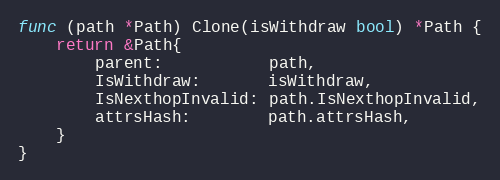
Language: Go
func (path *Path) Clone(isWithdraw bool) *Path {
	return &Path{
		parent:           path,
		IsWithdraw:       isWithdraw,
		IsNexthopInvalid: path.IsNexthopInvalid,
		attrsHash:        path.attrsHash,
	}
}